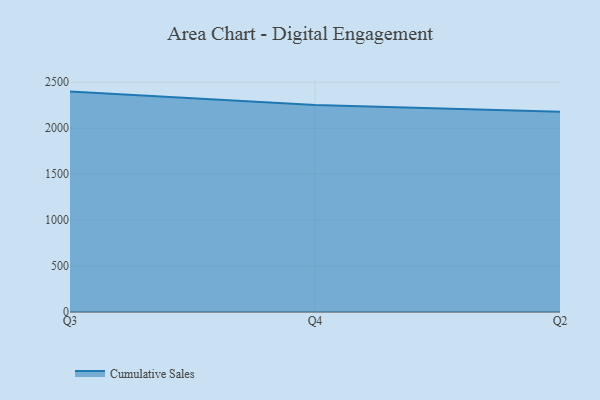
{"axis": {"x": "Quarter", "y": "Temperature (°C)"}, "legend": ["Cumulative Sales"], "data": [{"x": "Q3", "y": 2398.6, "type": "Cumulative Sales"}, {"x": "Q4", "y": 2252.8, "type": "Cumulative Sales"}, {"x": "Q2", "y": 2180.5, "type": "Cumulative Sales"}]}